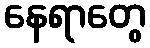
နေရာတွေ